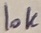
Text: 10K